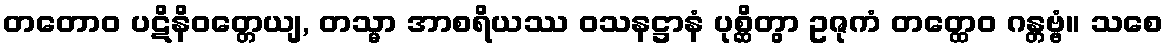
တတောဝ ပဋိနိဝတ္တေယျ, တသ္မာ အာစရိယဿ ဝသနဋ္ဌာနံ ပုစ္ဆိတွာ ဥဇုကံ တတ္ထေဝ ဂန္တဗ္ဗံ။ သစေ